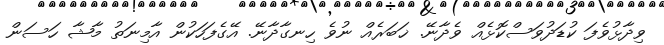
ވިދާޅުވެފަ ކުޑަދުވަސްކޮޅެއް ވެދާނޭ. ޚަބަރެއް ނުވެ ހިނގާދާނޭ. އޭގެފަހަކުން އާމިނަތު މާޝާ ހަސަން